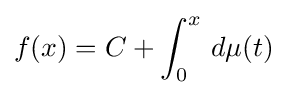
f(x)=C+\int _{0}^{x}\,d\mu (t)